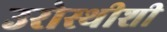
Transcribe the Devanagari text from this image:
उरोस्थीशी